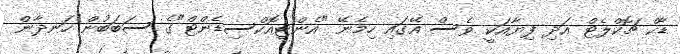
ޑާކް ޗޮކްލެޓް އަދި ފިޔާއަކީ ވެސް އޭގައި ހިމެނޭ "އެންޓިއޮކްސިޑެންޓް"ގެ ސަބަބުން ހަނދާން